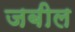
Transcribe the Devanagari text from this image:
जबील